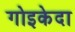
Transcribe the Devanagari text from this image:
गोइकेदा